Leningradi_Edasi_toimetus, lk 192
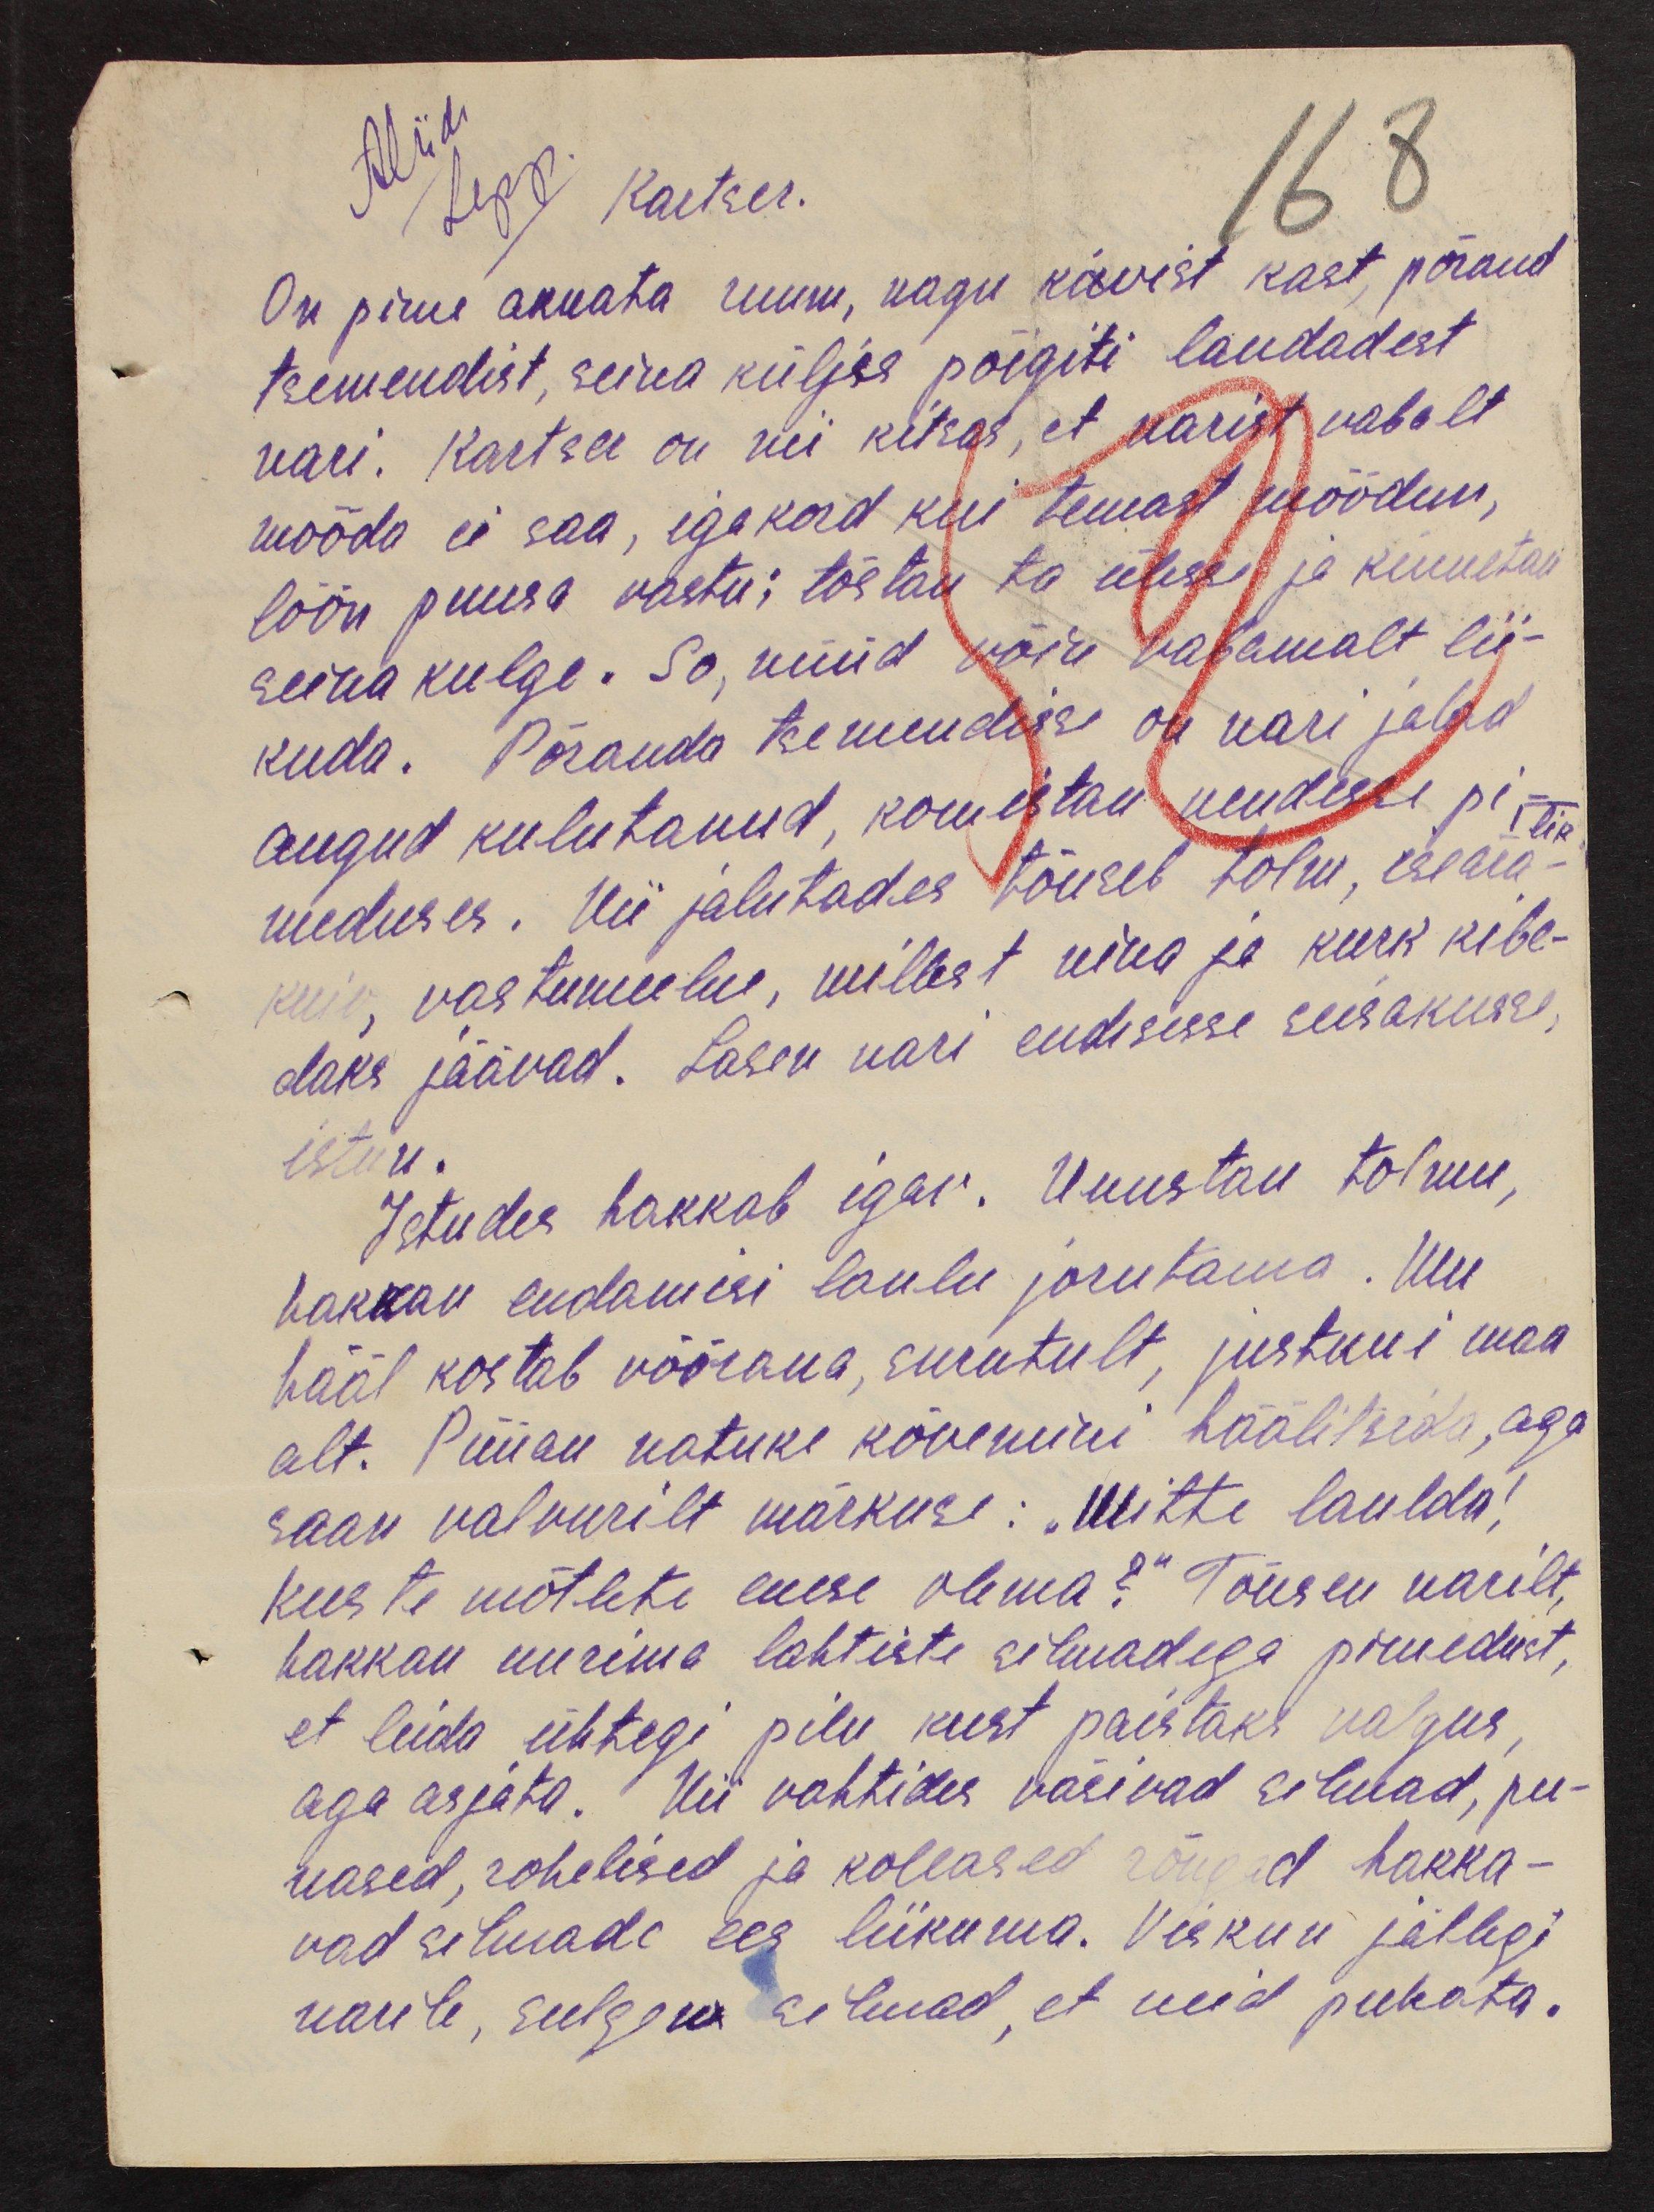
Kartser.
168
On pime aknata ruum, nagu kivist kast, põrand
tsemendist, seina küljes põigiti laudadest
vari. Kartser on nii kitsas, et narist vabalt
mööda ei saa, iga kord kui temast möödun,
löön puusa vastu; tõstan ta ülesse ja kinnitan
seina kulge. So, nüüd võin vabamalt lii-
kuda. Põranda tsemendisse on nari jalad
augud kulutanud, komistan nendesse pi-
meduses. Nii jalutades tõuseb tolm, iseära-
kuiv, vastumeelne, millest nina ja kurk kibe-
daks jäävad. Lasen nari endisesse seisakusse,
istun.
Istudes hakkab igav. Unustan tolmu,
hakkan endamisi laulu jorutama. Nii
hääl kostab võõrana, surutult, justkui maa
alt. Püüan natuke kõvemini häälitseda, aga
saan valvurilt märkuse: „Mitte laulda!
Kus te mõtlete enese olema?“ Tõusen narilt,
hakkan uurima lahtiste silmadega pimedust,
et leida ühtegi pilu kust paistaks valgus,
aga asjata. Nii vahtides väsivad silmad, pu-
nased, rohelised ja kollased rõngad hakka-
vad silmade ees liikuma. Viskan jällegi
narile, sulgen silmad, et neid puhata.